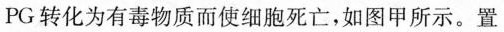
PG转化为有毒物质而使细胞死亡，如图甲所示。置